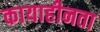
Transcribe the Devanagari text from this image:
कायाहीनता